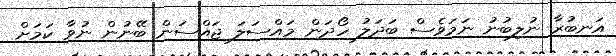
އަނބުރާ ނުލިބުނު ނަމަވެސް ބަދަލު ހޯދަން މައްސަލަ ޖައްސަން ބޭނުން ނުވާ ކަމަށް